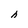
Character: h